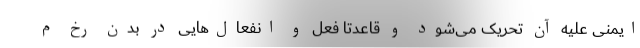
ایمنی علیه آن تحریک می‌شود و قاعدتا فعل و انفعال‌هایی در بدن رخ م